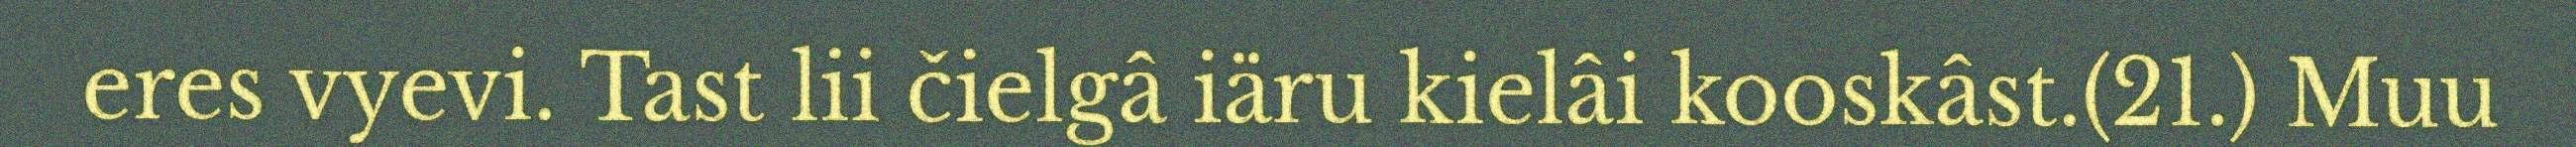
eres vyevi. Tast lii čielgâ iäru kielâi kooskâst.(21.) Muu